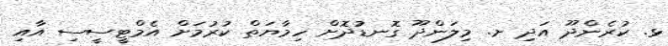
ޅ. ކުރެންދޫ އަދި ށ. މިލަންދޫ ގޮނޑުދޮށް ހިމާޔަތް ކުރުމަށް އެމްޓީސީސި އާއި